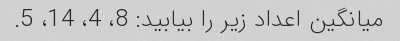
میانگین اعداد زیر را بیابید: 8، 4، 14، 5.